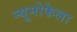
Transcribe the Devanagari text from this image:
न्यूमोफेला